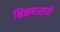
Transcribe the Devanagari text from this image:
निकषासाठी